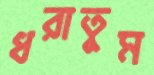
ধরাতুম